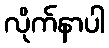
လိုက်နာပါ